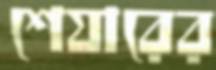
শেযারের